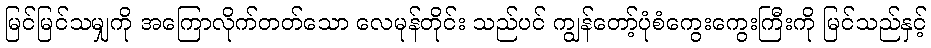
မြင်မြင်သမျှကို အကြောလိုက်တတ်သော လေမုန်တိုင်း သည်ပင် ကျွန်တော့်ပုံစံကွေးကွေးကြီးကို မြင်သည်နှင့်